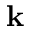
\textbf { k }